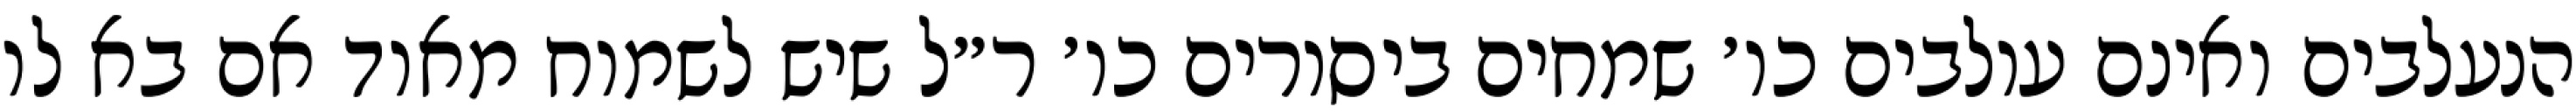
הנעלבים ואינם עולבים כו׳ שמחים ביסורים כו׳ ר״ל שיש לשמוח מאוד אם בא לו